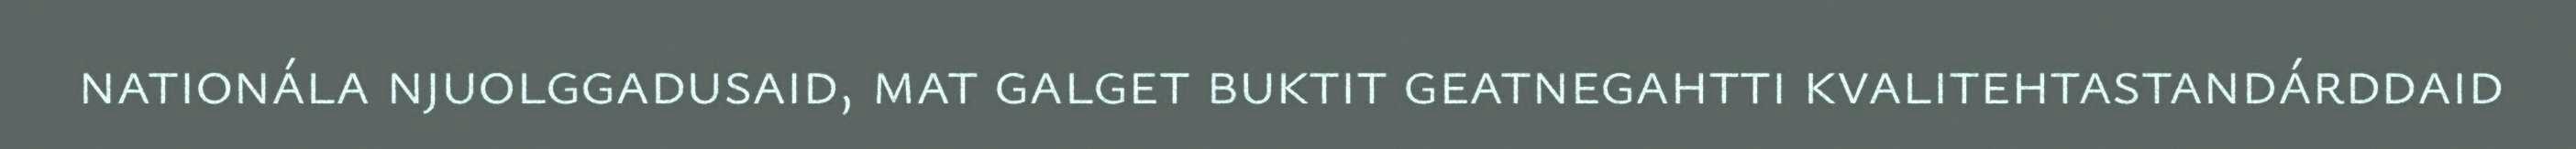
nationála njuolggadusaid, mat galget buktit geatnegahtti kvalitehtastandárddaid